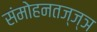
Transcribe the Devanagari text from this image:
संमोहनतज्‍ज्ञ